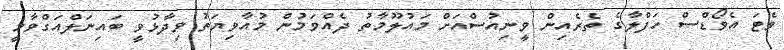
ވެޓަ އެވޯޑްސް ހަފްލާގެ ތެރެއިން ވީނިއުސްއަށް މައުލޫމާތު ދެއްވަމުން މުއާވިޔަތު ވިދާޅުވީ ބައިނަލްއަގްވާމީ